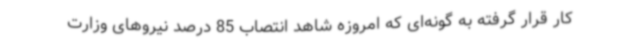
کار قرار گرفته به گونه‌ای که امروزه شاهد انتصاب 85 درصد نیروهای وزارت